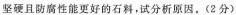
坚硬且防腐性能更好的石料，试分析原因。(2分)